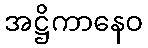
အဋ္ဌိကာနေဝ